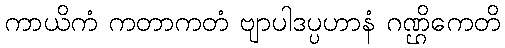
ကာယိကံ ကတာကတံ ဗျာပါဒပ္ပဟာနံ ဂဏ္ဌိကေတိ